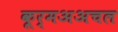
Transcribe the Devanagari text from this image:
कूर्मअअचल